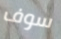
سوف